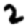
Digit: 2